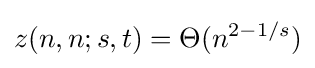
z(n,n;s,t)=\Theta (n^{2-1/s})